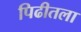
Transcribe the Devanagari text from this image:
पिढीतला